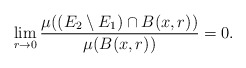
\begin{align*}\lim_{r\to 0}\frac{\mu((E_2\setminus E_1)\cap B(x,r))}{\mu(B(x,r))}= 0.\end{align*}